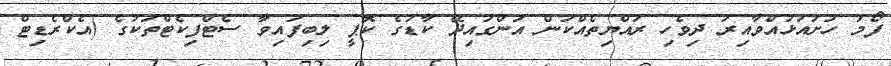
ފޯމު ހުށައަޅުއްވާއިރު ދިވެހި ރައްޔިތެއްކަން އަންގައިދޭ ކާޑުގެ ކޮޕީ ލިބިފައިވާ ސެޓްފިކެޓްތަކުގެ (އެކްރެޑިޓް